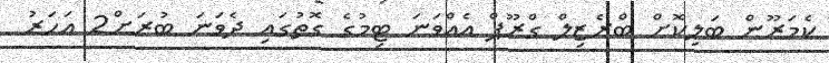
ކެމަރޫން ބަލިކޮށް ބްރެޒިލް ގްރޫޕް އެއްވަނަ ޓިމުގެ ގޮތުގައި ދެވަނަ ބުރަށް2 އަހަރު